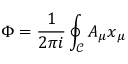
\Phi = \frac { 1 } { 2 \pi i } \oint _ { \mathcal C } A _ { \mu } \d x _ { \mu }